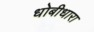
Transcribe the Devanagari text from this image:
धोबीधारा